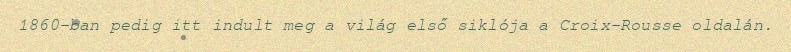
1860-ban pedig itt indult meg a világ első siklója a Croix-Rousse oldalán.